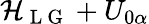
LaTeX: {\mathcal{H}_{\mathrm{~L~G~}}+U_{0\alpha}}